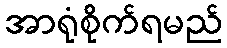
အာရုံစိုက်ရမည်